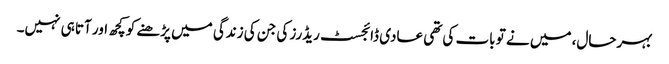
بہرحال، میں نے تو بات کی تھی عادی ڈائجسٹ ریڈرز کی جن کی زندگی میں پڑھنے کو کچھ اور آتا ہی نہیں۔